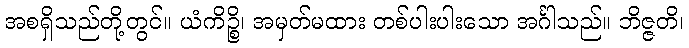
အစရှိသည်တို့တွင်။ ယံကိဉ္စိ၊ အမှတ်မထား တစ်ပါးပါးသော အင်္ဂါသည်။ ဘိဇ္ဇတိ၊